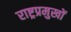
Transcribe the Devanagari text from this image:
राष्ट्रप्रमुखों